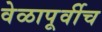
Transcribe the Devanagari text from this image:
वेळापूर्वीच